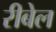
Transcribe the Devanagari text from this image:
रीबेल